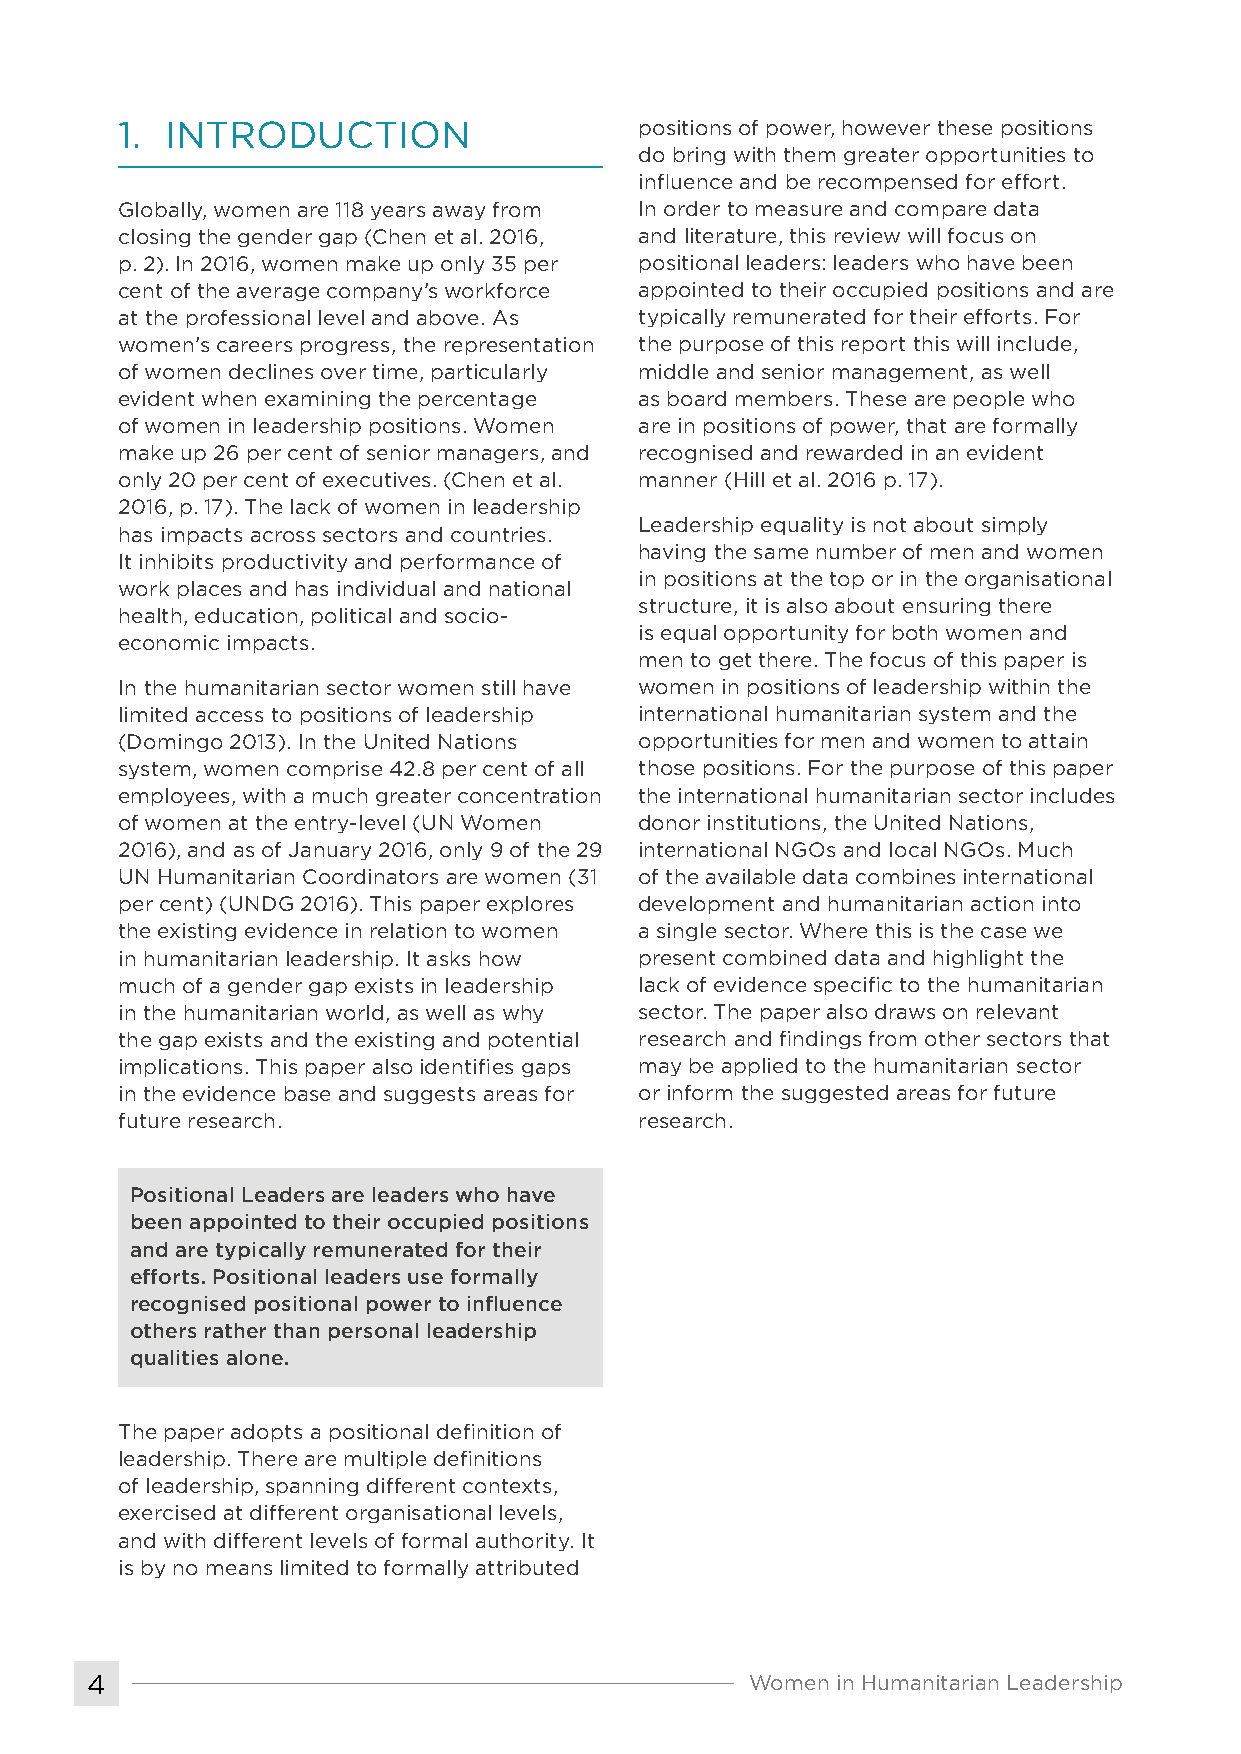
1. INTRODUCTION                   positions of power, however these positions
 do bring with them greater opportunities to
 influence and be recompensed for effort.
 Globally, women are 118 years away from In order to measure and compare data
 closing the gender gap (Chen et al. 2016, and literature, this review will focus on
 p. 2). In 2016, women make up only 35 per positional leaders: leaders who have been
 cent of the average company’s workforce appointed to their occupied positions and are
 at the professional level and above. As typically remunerated for their efforts. For
 women’s careers progress, the representation the purpose of this report this will include,
 of women declines over time, particularly middle and senior management, as well
 evident when examining the percentage as board members. These are people who
 of women in leadership positions. Women are in positions of power, that are formally
 make up 26 per cent of senior managers, and recognised and rewarded in an evident
 only 20 per cent of executives. (Chen et al. manner (Hill et al. 2016 p. 17).
 2016, p. 17). The lack of women in leadership
 Leadership equality is not about simply
 has impacts across sectors and countries.
 having the same number of men and women
 It inhibits productivity and performance of
 in positions at the top or in the organisational
 work places and has individual and national
 structure, it is also about ensuring there
 health, education, political and socio-
 is equal opportunity for both women and
 economic impacts.
 men to get there. The focus of this paper is
 In the humanitarian sector women still have women in positions of leadership within the
 limited access to positions of leadership international humanitarian system and the
 (Domingo 2013). In the United Nations opportunities for men and women to attain
 system, women comprise 42.8 per cent of all those positions. For the purpose of this paper
 employees, with a much greater concentration the international humanitarian sector includes
 of women at the entry-level (UN Women donor institutions, the United Nations,
 2016), and as of January 2016, only 9 of the 29 international NGOs and local NGOs. Much
 UN Humanitarian Coordinators are women (31 of the available data combines international
 per cent) (UNDG 2016). This paper explores development and humanitarian action into
 the existing evidence in relation to women a single sector. Where this is the case we
 in humanitarian leadership. It asks how present combined data and highlight the
 much of a gender gap exists in leadership lack of evidence specific to the humanitarian
 in the humanitarian world, as well as why sector. The paper also draws on relevant
 the gap exists and the existing and potential research and findings from other sectors that
 implications. This paper also identifies gaps may be applied to the humanitarian sector
 in the evidence base and suggests areas for or inform the suggested areas for future
 future research.                  research.
 Positional Leaders are leaders who have
 been appointed to their occupied positions
 and are typically remunerated for their
 efforts. Positional leaders use formally
 recognised positional power to influence
 others rather than personal leadership
 qualities alone.
 The paper adopts a positional definition of
 leadership. There are multiple definitions
 of leadership, spanning different contexts,
 exercised at different organisational levels,
 and with different levels of formal authority. It
 is by no means limited to formally attributed
 4                                           Women in Humanitarian Leadership